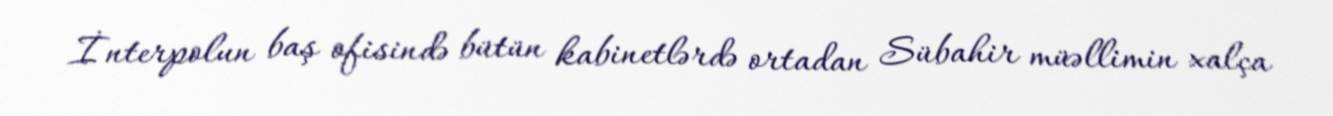
İnterpolun baş ofisində bütün kabinetlərdə ortadan Sübahir müəllimin xalça